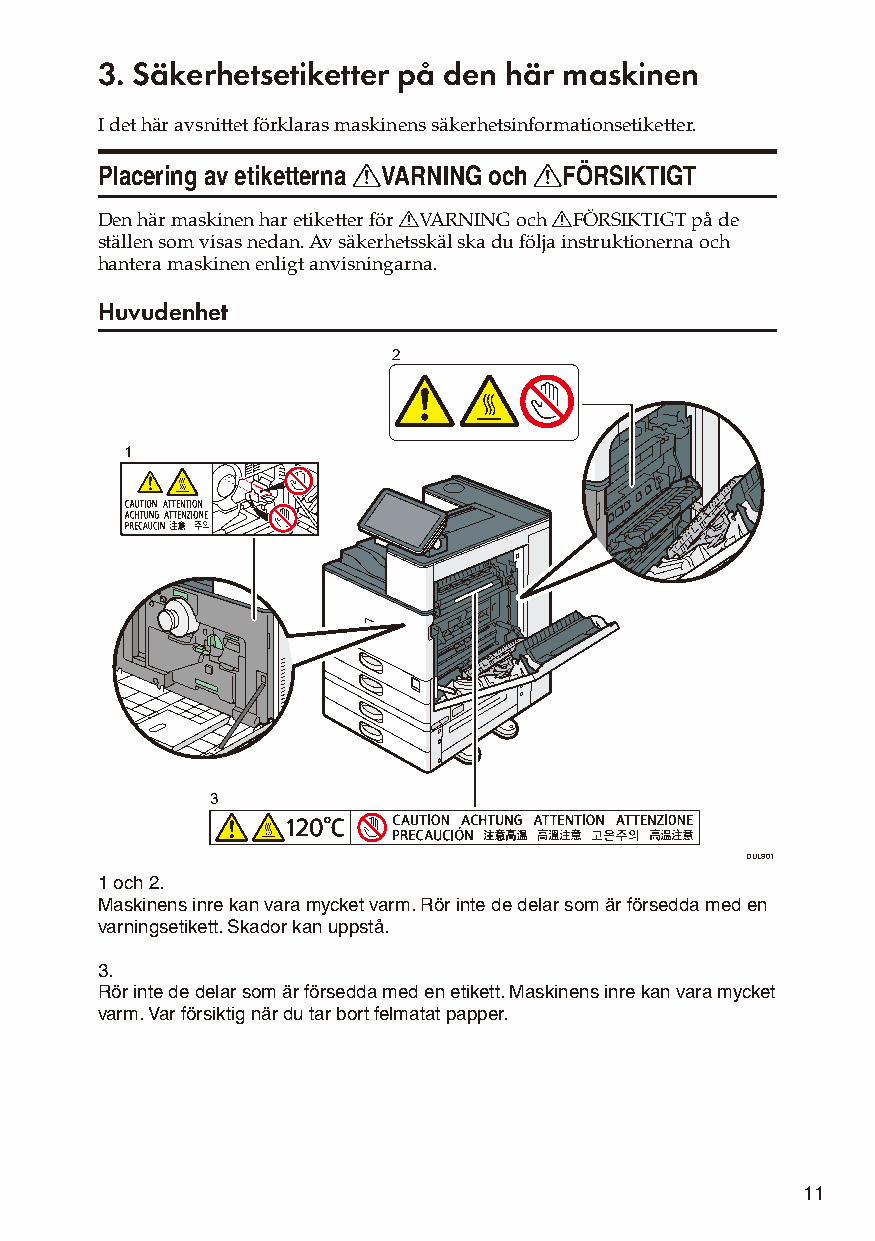
3. Säkerhetsetiketter på den här maskinen
 I det här avsnittet förklaras maskinens säkerhetsinformationsetiketter.
 Placering av etiketterna RVARNING och RFÖRSIKTIGT
 Den här maskinen har etiketter för RVARNING och RFÖRSIKTIGT på de
 ställen som visas nedan. Av säkerhetsskäl ska du följa instruktionerna och
 hantera maskinen enligt anvisningarna.
 Huvudenhet
 2
 1
 3
 DUL801
 1 och 2.
 Maskinens inre kan vara mycket varm. Rör inte de delar som är försedda med en
 varningsetikett. Skador kan uppstå.
 3.
 Rör inte de delar som är försedda med en etikett. Maskinens inre kan vara mycket
 varm. Var försiktig när du tar bort felmatat papper.
 11